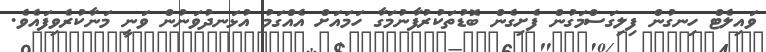
ވައިލެޓް ހިނގުން ފިލިގަސްމަގުން ފެށިގެން ބޮޑުތަކުރުފާނުމަގާ ހަމައަށް އެއްގަމު އުޅަނދުވަނުން ވަނީ މަނާކުރެވިފައެވެ.